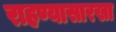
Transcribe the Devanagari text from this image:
राहण्यासारखा